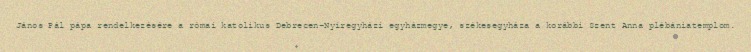
János Pál pápa rendelkezésére a római katolikus Debrecen-Nyíregyházi egyházmegye, székesegyháza a korábbi Szent Anna plébániatemplom.